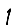
Digit: 1